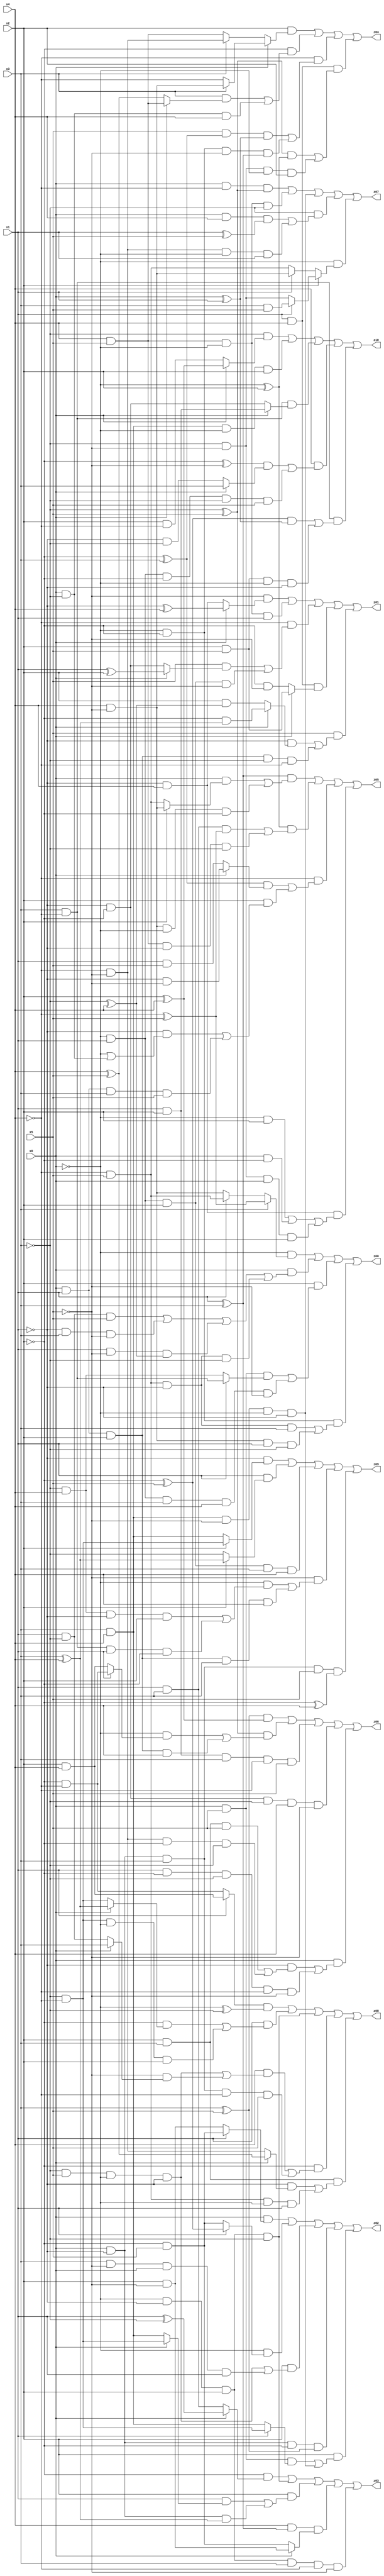
// Benchmark "X_25" written by ABC on Sat Jun 03 19:20:53 2023

module X_25 ( 
    x0, x1, x2, x3, x4, x5,
    z00, z01, z02, z03, z04, z05, z06, z07, z08, z09, z10  );
  input  x0, x1, x2, x3, x4, x5;
  output z00, z01, z02, z03, z04, z05, z06, z07, z08, z09, z10;
  assign z00 = (~x0 & (x3 ? (~x4 ^ x5) : (x1 ? (~x4 & x5) : (x4 & ~x5)))) | (x0 & ((x1 & ~x3 & x5) | (~x1 & x3 & ~x5) | (x1 & ~x5 & (~x3 ^ x4)) | (~x4 & x5 & ~x1 & ~x3))) | (x2 & ((x0 & x5 & (x1 ? (x3 & ~x4) : (~x3 & x4))) | (~x0 & x1 & x3 & x4 & ~x5))) | (~x0 & ~x2 & ((~x4 & x5 & ~x1 & x3) | (x4 & ~x5 & x1 & ~x3)));
  assign z01 = (~x5 & (x0 ? (~x1 ^ x4) : (~x1 & x4))) | (x4 & x5 & ~x0 & x1) | (~x4 & ((x5 & (x0 ? (x1 ^ x2) : (~x1 & ~x2))) | (~x0 & x1 & x2 & ~x5))) | (x1 & x4 & (x0 ? (x2 & x5) : (~x2 & ~x5))) | (x5 & ((~x1 & (x0 ? (~x2 & (x3 ^ x4)) : (x2 & (~x3 ^ x4)))) | (x0 & x1 & x2 & ~x3 & ~x4)));
  assign z02 = (x0 & (x1 ? (~x2 & x5) : (x2 & ~x5))) | (~x0 & (x1 ? (~x2 ^ x5) : (~x2 & x5))) | (x2 & ((~x3 & x5 & ~x0 & ~x1) | (x3 & ~x5 & x0 & x1))) | (x0 & ~x1 & ~x2 & (x3 ^ x5)) | (x2 & ((x0 & x5 & (x1 ? (~x3 & ~x4) : (x3 & x4))) | (x3 & x4 & ~x5 & ~x0 & ~x1)));
  assign z03 = (~x2 & (x0 ? (x1 ^ ~x3) : (x1 & x3))) | (~x0 & ~x1 & x2 & ~x3) | (x2 & ((x1 & (x0 ? (~x3 & ~x4) : (x3 & x4))) | (x0 & ~x1 & (x3 ^ x4)))) | (x4 & (x1 ^ x3) & (x0 ? (x2 & ~x5) : (~x2 & x5))) | (~x0 & ~x1 & x2 & x3 & ~x4 & ~x5);
  assign z04 = (x2 & (x0 ? (x3 ? (x4 & ~x5) : ~x4) : (x3 ? (~x4 & ~x5) : (x4 & x5)))) | (~x2 & ((x3 & (x0 ? (x4 & x5) : (x4 ^ x5))) | (x0 & ~x3 & x4))) | (~x4 & ((x5 & (~x2 ^ x3) & (x0 ^ x1)) | (~x0 & ~x2 & ~x5 & (x1 ^ x3)))) | (x1 & x4 & (((~x3 ^ x5) & (~x0 ^ x2)) | (~x3 & ~x5 & ~x0 & x2)));
  assign z05 = ((x1 ^ x3) & ((x0 & (x2 ? (x4 & ~x5) : (~x4 & x5))) | (x4 & ~x5 & ~x0 & ~x2))) | ((~x0 ^ x2) & ((x1 & x3 & (~x4 ^ x5)) | (x4 & x5 & ~x1 & ~x3))) | (~x4 & (((~x2 ^ x3) & (x0 ? (~x1 & ~x5) : (x1 & x5))) | (x2 & ((~x1 & (~x0 | (x0 & ~x3))) | (x0 & x1 & x3 & x5))))) | (~x1 & x4 & ((~x0 & x2) | (x0 & ~x2) | (~x3 & ~x5 & x0 & x2)));
  assign z06 = ((x3 ^ x5) & (x2 ^ x4)) | ((~x3 ^ x5) & ((~x0 & (x1 ? (~x2 & ~x4) : (x2 & x4))) | (x0 & x1 & x2 & x4))) | (x1 & x2 & x3 & ~x4 & x5) | (~x1 & ~x2 & ~x3 & x4 & ~x5) | (x0 & ((~x1 & ((x2 & x3 & x5) | (~x4 & ~x5 & ~x2 & ~x3))) | (x1 & ~x2 & ~x3 & ~x4 & ~x5)));
  assign z07 = (x0 & ~x4 & (~x3 ^ x5)) | (x4 & x5 & ~x0 & ~x3) | (x3 & x4 & ~x5 & ~x0 & ~x1) | (~x3 & ((x0 & x4 & (x1 ^ x5)) | (~x4 & ~x5 & ~x0 & x1))) | (~x0 & (x2 ? (x1 ? (x3 & x5) : (~x3 & ~x5)) : (x1 ? (x4 & ~x5) : (~x4 & x5))));
  assign z08 = ((x1 ? (x2 & x4) : (~x2 & ~x4)) & (~x0 ^ ~x3)) | (x1 & ((~x2 & (x0 ? (x3 ^ x4) : (~x3 & ~x4))) | (~x3 & ~x4 & ~x0 & x2))) | (~x0 & ~x1 & x2 & ~x3) | (~x2 & ((x4 & ((~x3 & x5 & ~x0 & ~x1) | (~x5 & (x0 ? x3 : (x1 & ~x3))))) | (x0 & ~x1 & x3 & ~x4 & x5))) | (x2 & x3 & ((~x1 & (x0 ? (x4 ^ x5) : (~x4 & ~x5))) | (~x4 & x5 & ~x0 & x1)));
  assign z09 = (~x1 & (x2 ? (~x3 & ~x4) : (x3 & x4))) | (x1 & (x2 ? (x3 ^ x4) : ~x3)) | (~x0 & x1 & x2 & x3 & x4) | (~x5 & ((~x0 & ((~x3 & x4 & ~x1 & x2) | (x3 & ~x4 & x1 & ~x2))) | (x0 & x1 & x2 & x3 & x4))) | (x0 & ~x1 & x3 & x5 & (~x2 ^ x4));
  assign z10 = (~x3 & (x0 ? (x2 ^ x4) : (x2 & ~x4))) | (x3 & x4 & ~x0 & x2) | (x3 & ~x4 & (x0 ? (x1 & x2) : (~x1 & ~x2))) | (x4 & (((~x2 ^ ~x5) & (x0 ? x3 : (~x1 & ~x3))) | (~x0 & x1 & ~x2 & ~x3 & x5))) | (x3 & ~x4 & (((~x2 ^ x5) & (x0 ^ x1)) | (x2 & x5 & ~x0 & ~x1)));
endmodule